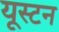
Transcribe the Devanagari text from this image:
यूस्टन